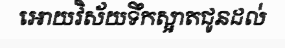
អោយវិស័យទឹកស្អាតជូនដល់